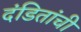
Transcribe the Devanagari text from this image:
दंडितांची